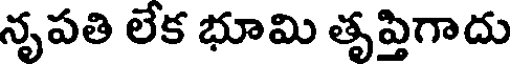
నృపతి లేక భూమి తృప్తిగాదు